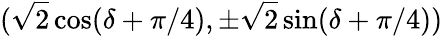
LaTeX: (\sqrt{2}\cos(\delta+\pi/4),\pm\sqrt{2}\sin(\delta+\pi/4))